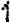
1